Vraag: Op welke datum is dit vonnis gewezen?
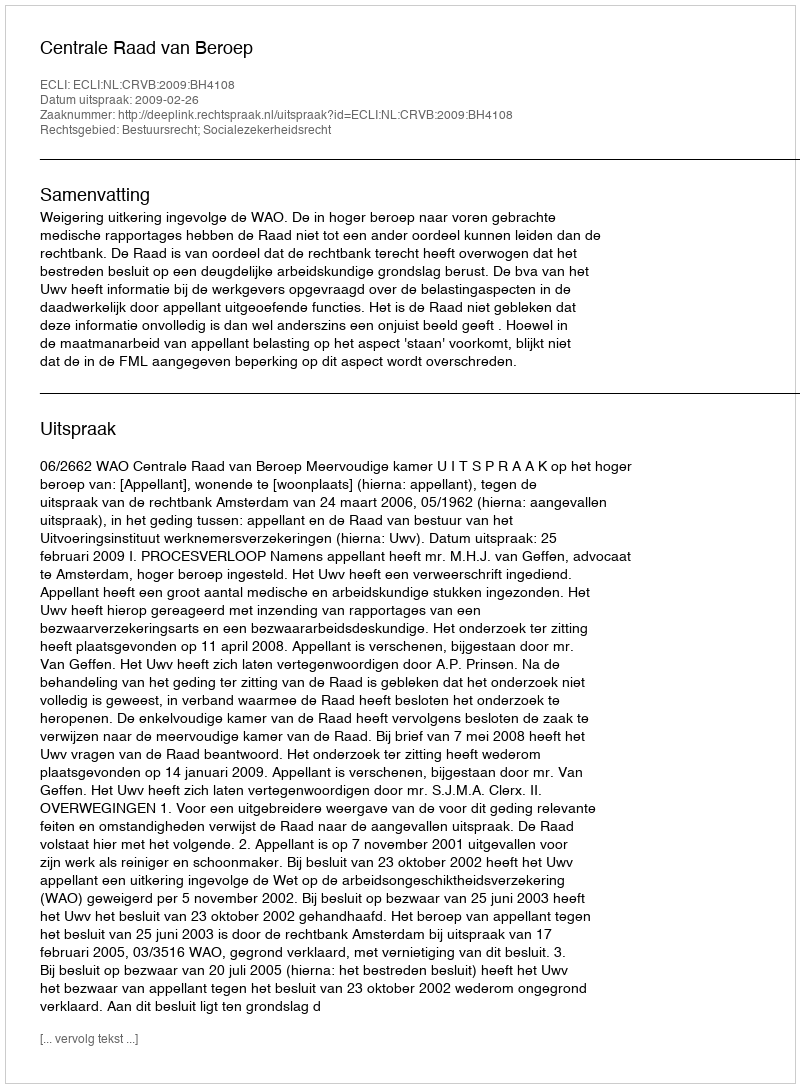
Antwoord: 2009-02-26